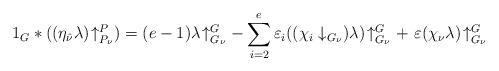
LaTeX: \begin{align*} 1_{G} * ((\eta_{\hat{\nu}} \lambda )\!\uparrow^P_{P_{\nu}}) = (e - 1) \lambda\!\uparrow_{G_{\nu}}^{G} -\sum_{i = 2}^{e}\varepsilon_i (({{\chi}_i \downarrow_{G_{\nu}})\lambda})\!\uparrow_{G_{\nu}}^{G} + \ \varepsilon ({{\chi}_{\nu}\lambda})\!\uparrow_{G_{\nu}}^{G} \end{align*}